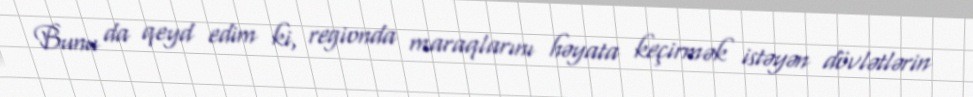
Bunu da qeyd edim ki, regionda maraqlarını həyata keçirmək istəyən dövlətlərin